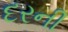
દરની